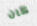
كان